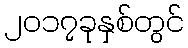
၂၀၁၇ခုနှစ်တွင်